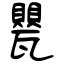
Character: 甖